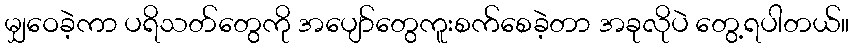
မျှဝေခဲ့ကာ ပရိသတ်တွေကို အပျော်တွေကူးစက်စေခဲ့တာ အခုလိုပဲ တွေ့ရပါတယ်။